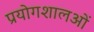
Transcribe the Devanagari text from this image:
प्रयोगशालओं